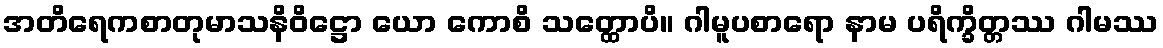
အတိရေကစာတုမာသနိဝိဋ္ဌော ယော ကောစိ သတ္ထောပိ။ ဂါမူပစာရော နာမ ပရိက္ခိတ္တဿ ဂါမဿ